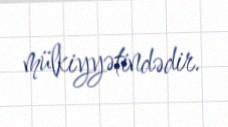
mülkiyyətindədir.